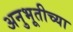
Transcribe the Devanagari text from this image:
अनुभूतीच्या